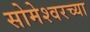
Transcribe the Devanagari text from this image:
सोमेश्वरच्या